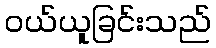
ဝယ်ယူခြင်းသည်